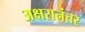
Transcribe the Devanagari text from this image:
अक्षरानंतर